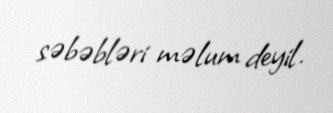
səbəbləri məlum deyil.